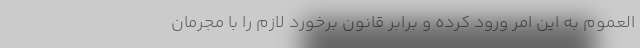
العموم به این امر ورود کرده و برابر قانون برخورد لازم را با مجرمان